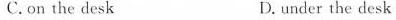
C.on the desk D. under the desk